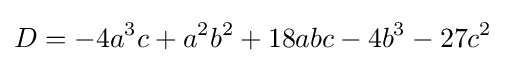
D=-4a^{3}c+a^{2}b^{2}+18abc-4b^{3}-27c^{2}